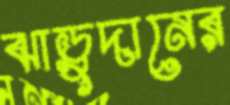
ঝাড়ুদানের